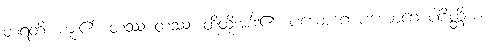
တရတိ၊ ကူး၏။ တဿ တဿ၊ ထိုထိုအင်္ဂါ၏။ ပယောဂေ ပယောဂေ ပါစိတ္တိယံ။